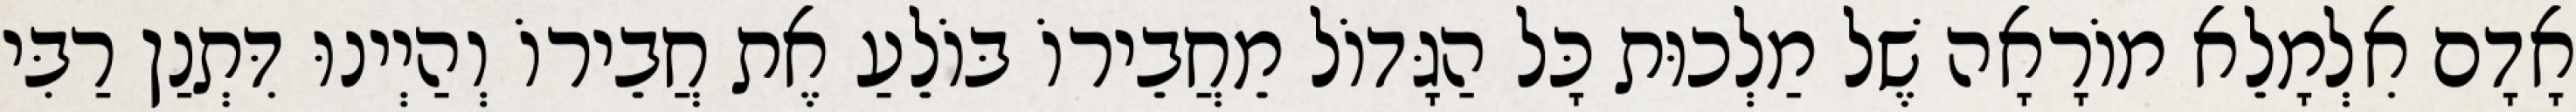
אָדָם אִלְמָלֵא מוֹרָאָה שֶׁל מַלְכוּת כָּל הַגָּדוֹל מֵחֲבֵירוֹ בּוֹלֵעַ אֶת חֲבֵירוֹ וְהַיְינוּ דִּתְנַן רַבִּי